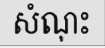
សំណុះ